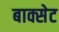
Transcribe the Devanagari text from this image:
बाक्सेट